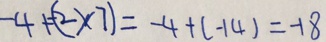
- 4 + ( - 2 \times 7 ) = - 4 + ( - 1 4 ) = - 1 8